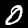
Label: 0